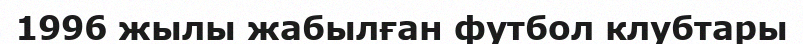
1996 жылы жабылған футбол клубтары